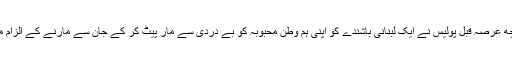
واضح رہے کہ کچھ عرصہ قبل پولیس نے ایک لبنانی باشندے کو اپنی ہم وطن محبوبہ کو بے دردی سے مار پیٹ کر کے جان سے مارنے کے الزام میں گرفتار کیا تھا۔